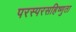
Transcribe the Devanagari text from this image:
परस्परसहिष्णुता